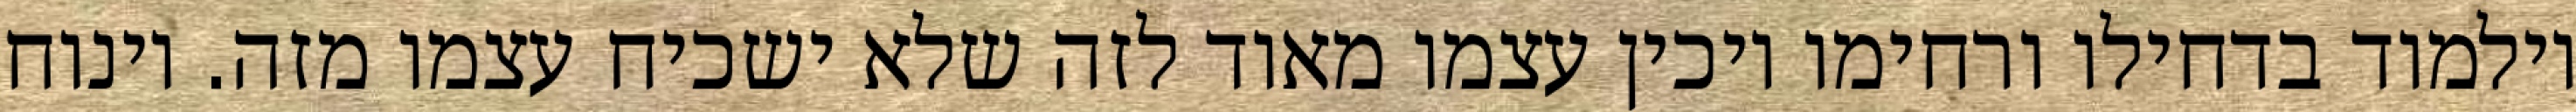
וילמוד בדחילו ורחימו ויכין עצמו מאוד לזה שלא ישכיח עצמו מזה. וינוח